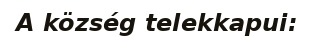
A község telekkapui: